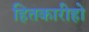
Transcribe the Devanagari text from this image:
हितकारीहो